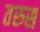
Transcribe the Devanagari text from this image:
तरुस